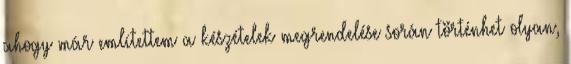
ahogy már említettem a készételek megrendelése során történhet olyan,